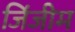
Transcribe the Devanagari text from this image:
जिंजीम